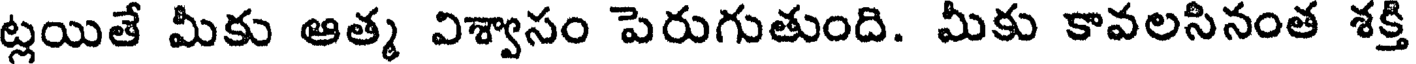
ట్లయితే మీకు ఆత్మ విశ్వాసం పెరుగుతుంది. మీకు కావలసినంత శక్తి